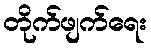
တိုက်ဖျက်ရေး